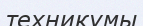
техникумы